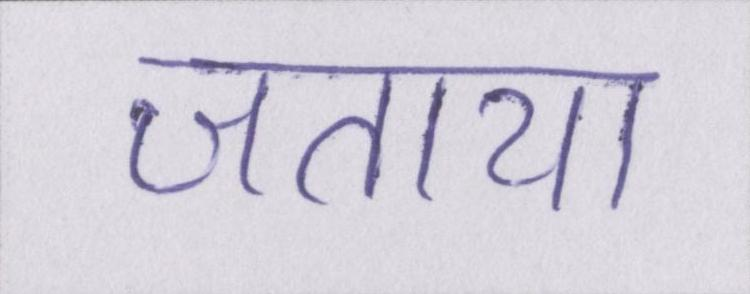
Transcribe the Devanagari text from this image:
जताया